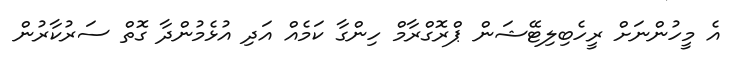
އެ މީހުންނަށް ރީހެބިލިޓޭޝަން ޕްރޮގްރާމް ހިންގާ ކަމެއް އަދި އުޅެމުންދާ ގޮތް ސަރުކާރުން